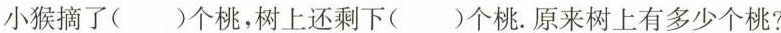
小猴摘了( )个桃，树上还剩下( )个桃。原来树上有多少个桃?